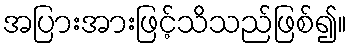
အပြားအားဖြင့်သိသည်ဖြစ်၍။